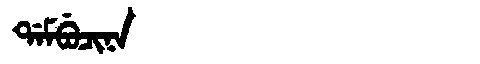
Manchu: ᡩᠠᠮᠪᡠᠴᡳᠨᠠ
Romanization: DAMBUCINA